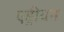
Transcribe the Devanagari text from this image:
एड्रीयन